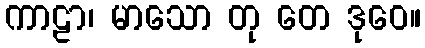
ကာဠာ၊ မာသော တု တေ ဒုဝေ။